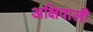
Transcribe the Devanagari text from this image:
अक्षिवाली